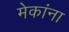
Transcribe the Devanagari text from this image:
मेकांना